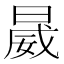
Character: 𱢏